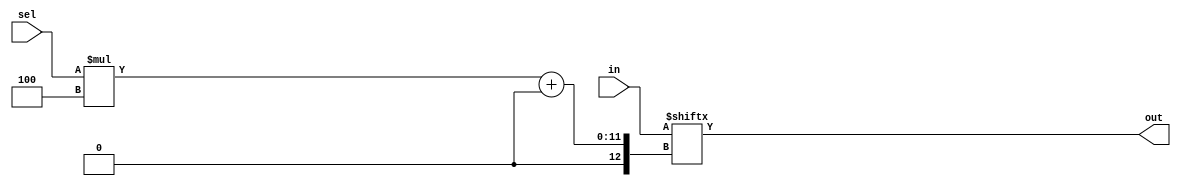
module top_module( 
    input [1023:0] in,
    input [7:0] sel,
    output [3:0] out );
	
    integer range;
    wire [7:0]con1; 
    
    always @ (*) begin
        range = sel;
 
        out  = in[sel*4 +:4]; //vector[LSB+:width]
        
    end
endmodule